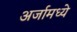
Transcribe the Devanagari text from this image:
अर्जामध्ये